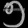
Digit: ၅